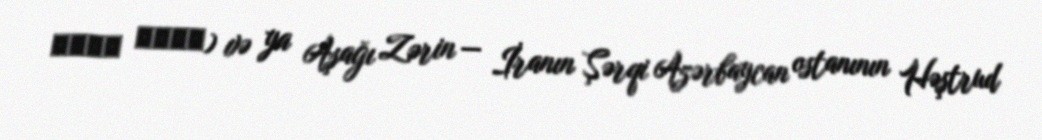
زرين سفلي) və ya Aşağı Zərin — İranın Şərqi Azərbaycan ostanının Həştrud